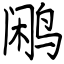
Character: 鹇